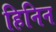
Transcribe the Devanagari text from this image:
हिनिन